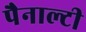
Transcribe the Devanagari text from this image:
पैनाल्टी